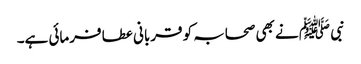
نبی ﷺ نے بھی صحابہ کو قربانی عطا فرمائی ہے۔